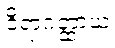
ဝိရာဂတ္ထာယ